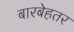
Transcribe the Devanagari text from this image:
बारबेहतर